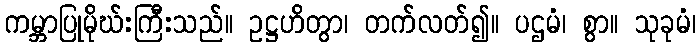
ကမ္ဘာပြုမိုဃ်းကြီးသည်။ ဥဋ္ဌဟိတွာ၊ တက်လတ်၍။ ပဌမံ၊ စွာ။ သုခုမံ၊